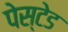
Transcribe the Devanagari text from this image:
पेस्टेड